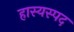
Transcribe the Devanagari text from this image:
हास्यस्पद